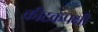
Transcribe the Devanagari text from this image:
कीटकपक्षी